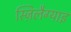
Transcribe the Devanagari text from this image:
स्ज़िलैग्याइ